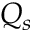
Q _ { s }